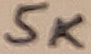
Text: 5K